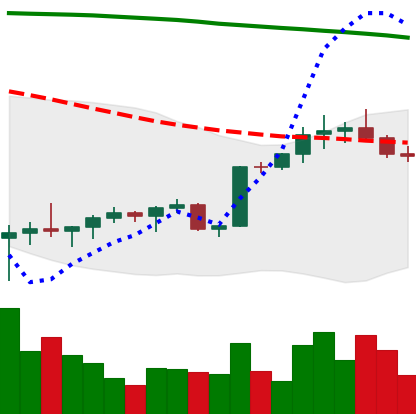
Ticker: BTC-USD
Chart end date: 2022-02-12
Forward return: -4.04%
Label: down_3_5